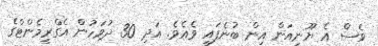
ވެސް އެ ޔޫނިއަން އިން ބުނެފައި ވެއެވެ. އަދި 30 ދުވަހުން އެގްރީމެންޓްގެ